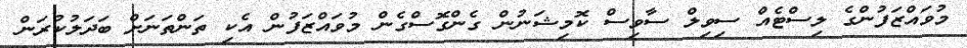
މުވައްޒަފުންގެ ލިސްޓެއް ސިވިލް ސާވިސް ކޮމިޝަނުން ގެންގޮސްގެން މުވައްޒަފުން އެކި ތަންތަނަށް ބަދަލުކުރަން